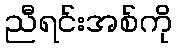
ညီရင်းအစ်ကို